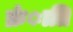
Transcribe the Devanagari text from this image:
क्रंाति